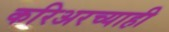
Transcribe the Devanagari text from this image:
करिअरच्याही